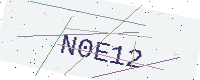
Text: N0E12